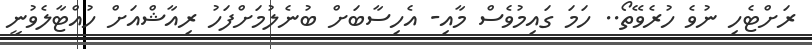
ރަށްޓެހި ނުވެ ހުރެވޭތޯ.. ހަމަ ގައިމުވެސް މާއި- އެހިސާބަށް ބުނެލުމަށްފަހު ރިއާޝްއަށް ހުއްޓާލެވުނީ